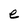
Character: e